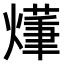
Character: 𤏑